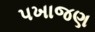
પખાજણ